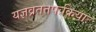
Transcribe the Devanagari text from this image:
यज्ञव्रततपःक्रियाः